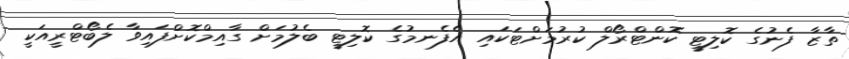
ތާޒާ ފެނުގެ ކޮލިޓީ ކޮންޓްރޯލް ކުރުމަށްޓަކައި އެފެނމުގެ ކޮލިޓީ ބެލުމަށް ގާއިމްކޮށްފައިވާ ލެބޯޓްރީއަކީ